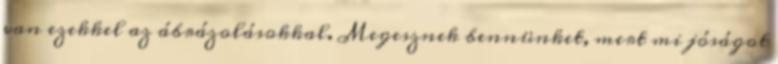
van ezekkel az ábrázolásokkal. Megesznek bennünket, mert mi jóságot